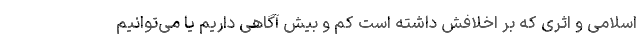
اسلامی و اثری که بر اخلافش داشته است کم و بیش آگاهی داریم یا می‌توانیم